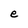
Character: e